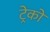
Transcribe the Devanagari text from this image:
ट्रेकों